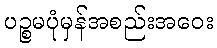
ပဉ္စမပုံမှန်အစည်းအဝေး